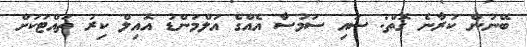
ބޭނުން ކުރާނެ ގޮތް: ސައި ސަމުސާ އެއްގެ އަލްމަންޑު އޮއިލް ކިރު ތައްޓަކަށް